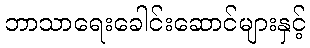
ဘာသာရေးခေါင်းဆောင်များနှင့်